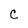
Character: C